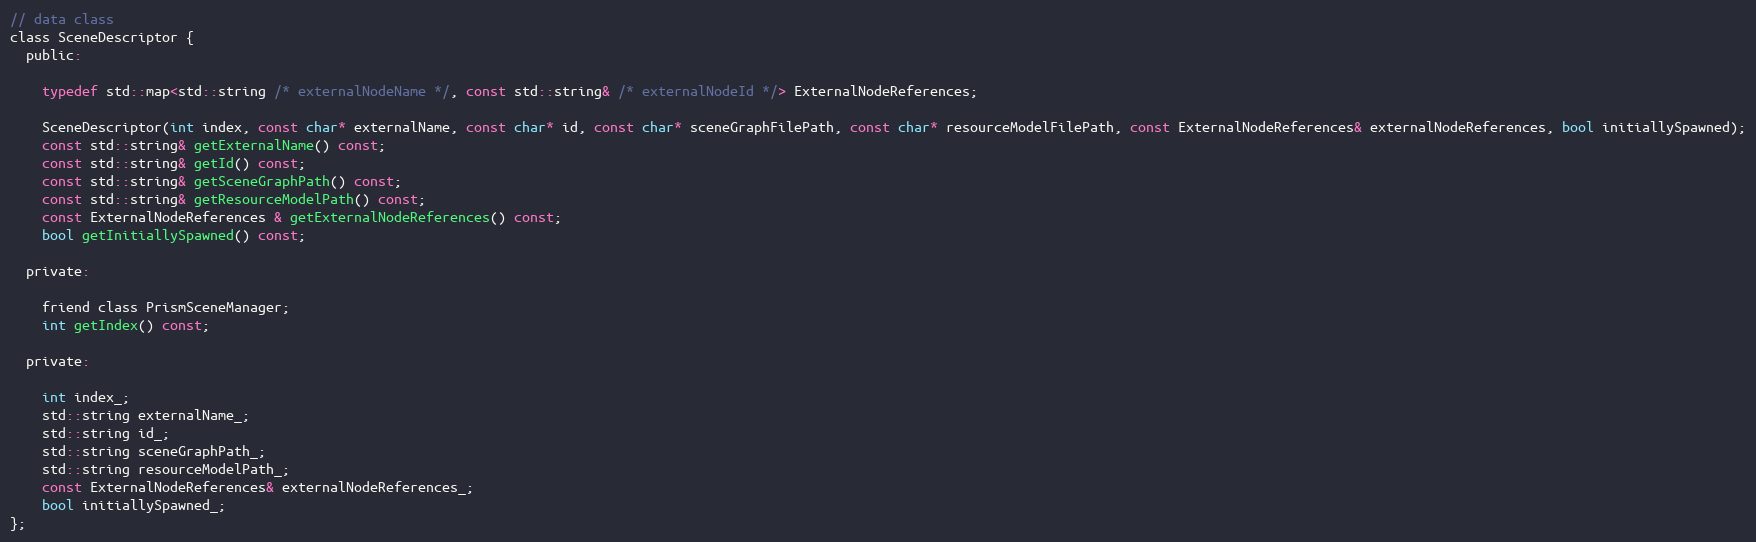
Language: C
// data class
class SceneDescriptor {
  public:

    typedef std::map<std::string /* externalNodeName */, const std::string& /* externalNodeId */> ExternalNodeReferences;

    SceneDescriptor(int index, const char* externalName, const char* id, const char* sceneGraphFilePath, const char* resourceModelFilePath, const ExternalNodeReferences& externalNodeReferences, bool initiallySpawned);
    const std::string& getExternalName() const;
    const std::string& getId() const;
    const std::string& getSceneGraphPath() const;
    const std::string& getResourceModelPath() const;
    const ExternalNodeReferences & getExternalNodeReferences() const;
    bool getInitiallySpawned() const;

  private:

    friend class PrismSceneManager;
    int getIndex() const;

  private:

    int index_;
    std::string externalName_;
    std::string id_;
    std::string sceneGraphPath_;
    std::string resourceModelPath_;
    const ExternalNodeReferences& externalNodeReferences_;
    bool initiallySpawned_;
};